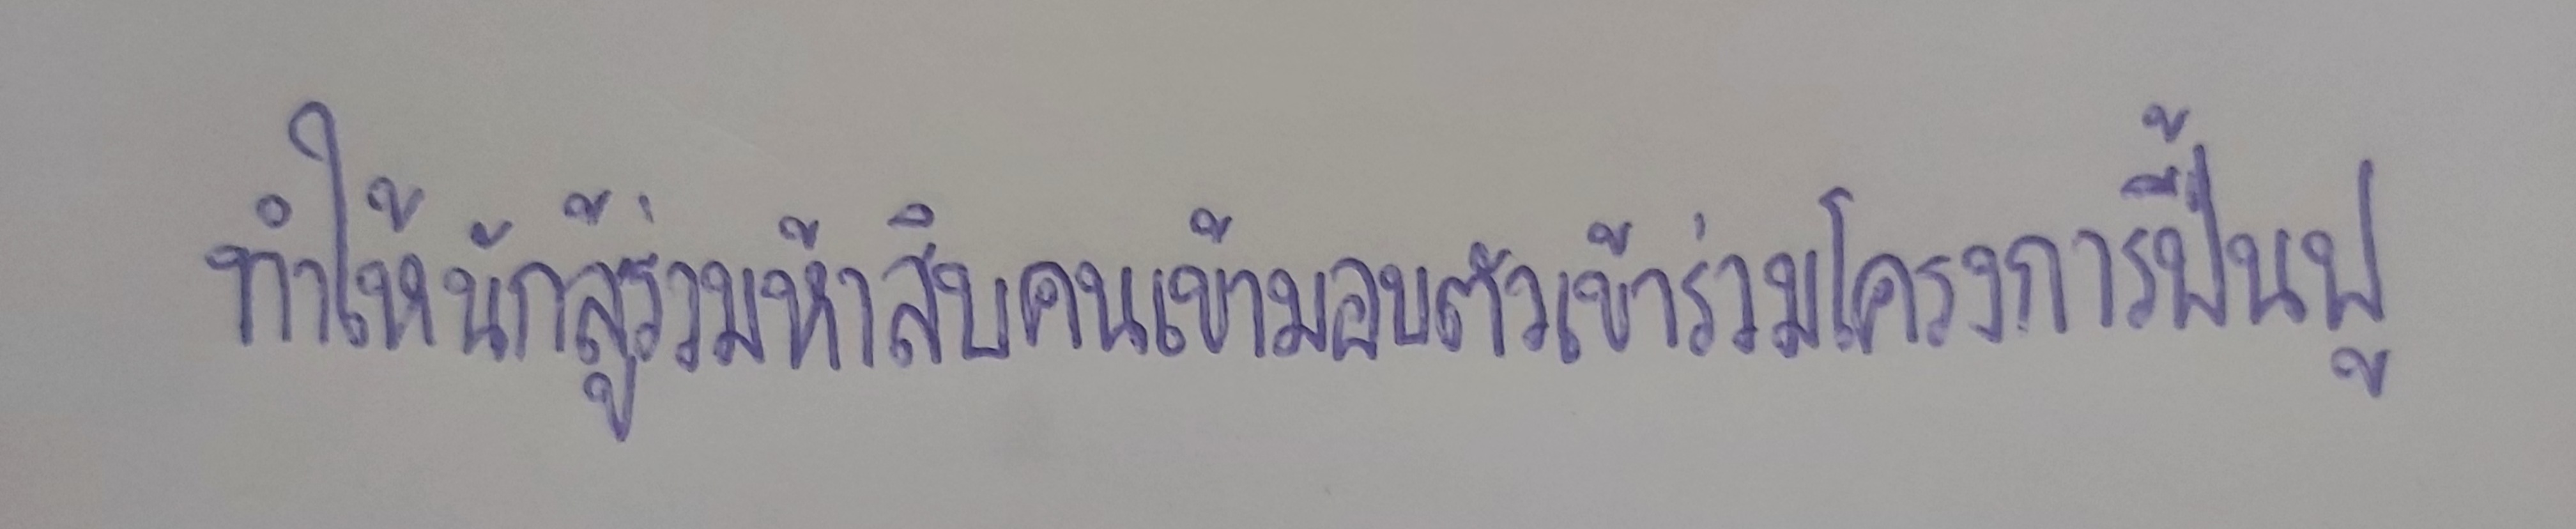
ทำให้นักสู้ร่วมห้าสิบคนเข้ามอบตัวเข้าร่วมโครงการฟื้นฟู